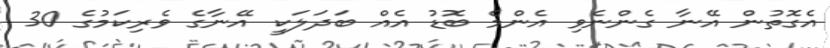
އެގޮތުން އޭނާ ގެންނެވި އެންމެ ބޮޑު އެއް ބަދަލަކީ އޭނާގެ ވެރިކަމުގެ 30